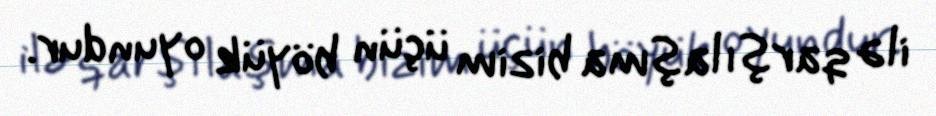
ilə qarşılaşma bizim üçün böyük oyundur.